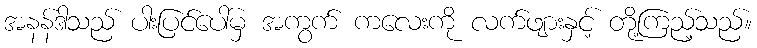
အနန်ဒါသည် ပါးပြင်ပေါ်မှ အကွက် ကလေးကို လက်ဖျားနှင့် တို့ကြည့်သည်။